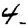
Digit: 4